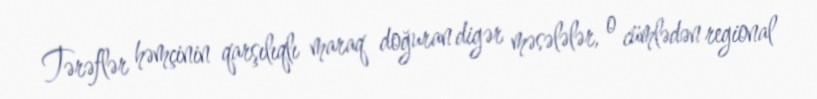
Tərəflər həmçinin qarşılıqlı maraq doğuran digər məsələlər, o cümlədən regional